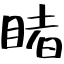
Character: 睹